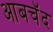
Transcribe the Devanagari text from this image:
आबचॅद